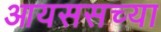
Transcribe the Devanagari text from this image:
आयससच्या